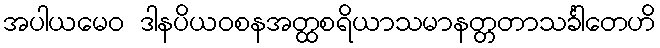
အပါယမေဝ ဒါနပိယဝစနအတ္ထစရိယာသမာနတ္တတာသင်္ခါတေဟိ